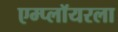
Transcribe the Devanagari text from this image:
एम्प्लॉयरला